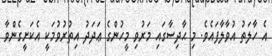
އެ ހާލަތު އުވާލާފައެވެ. މި ޙާދިސާގައި މަރުވި މީހުންގެ ޢަދަދު އިތުރުވުމަކީ އެކަށީގެންވާ